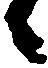
候